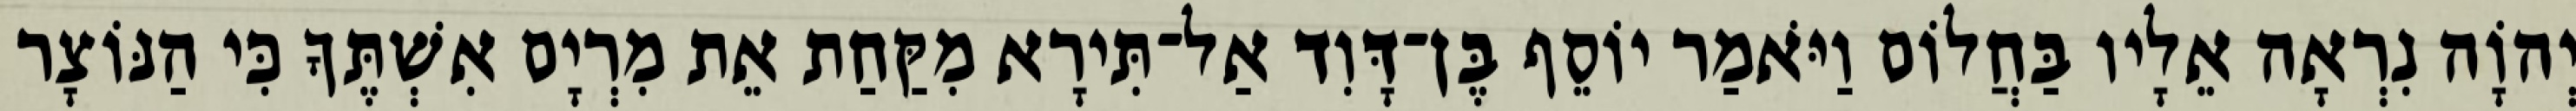
יְהוָֹה נִרְאָה אֵלָיו בַּחֲלוֹם וַיֹּאמַר יוֹסֵף בֶּן־דָּוִד אַל־תִּירָא מִקַּחַת אֵת מִרְיָם אִשְׁתֶּךָ כִּי הַנּוֹצָר